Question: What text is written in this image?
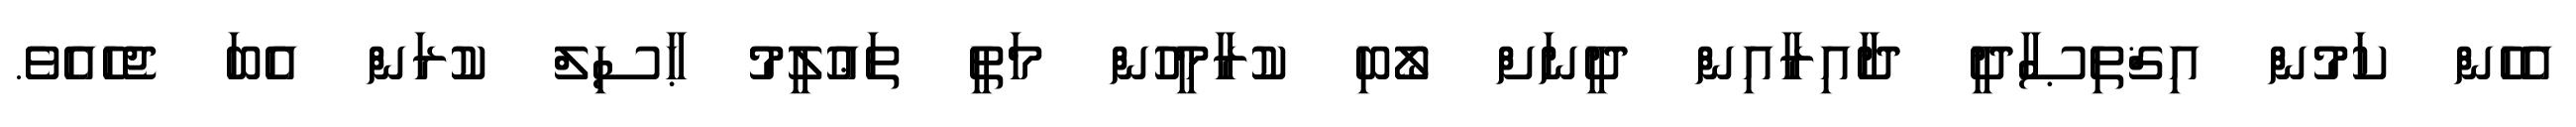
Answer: އެހެން ކަމުން އިޤްތިޞާދީ ދާއިރާއިން ދީނަށް ލޯބި ކުރާމީހުން މަތީ ތަޢުލީމު ޙާސިލް ކުރަން އެބަ ޖެހެއެވެ.